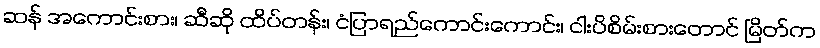
ဆန် အကောင်းစား၊ ဆီဆို ထိပ်တန်း၊ ငံပြာရည်ကောင်းကောင်း၊ ငါးပိစိမ်းစားတောင် မြိတ်က